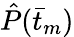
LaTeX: \hat{P}(\bar{t}_{m})